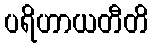
ပရိဟာယတီတိ